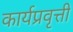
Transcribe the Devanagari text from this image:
कार्यप्रवृत्ती